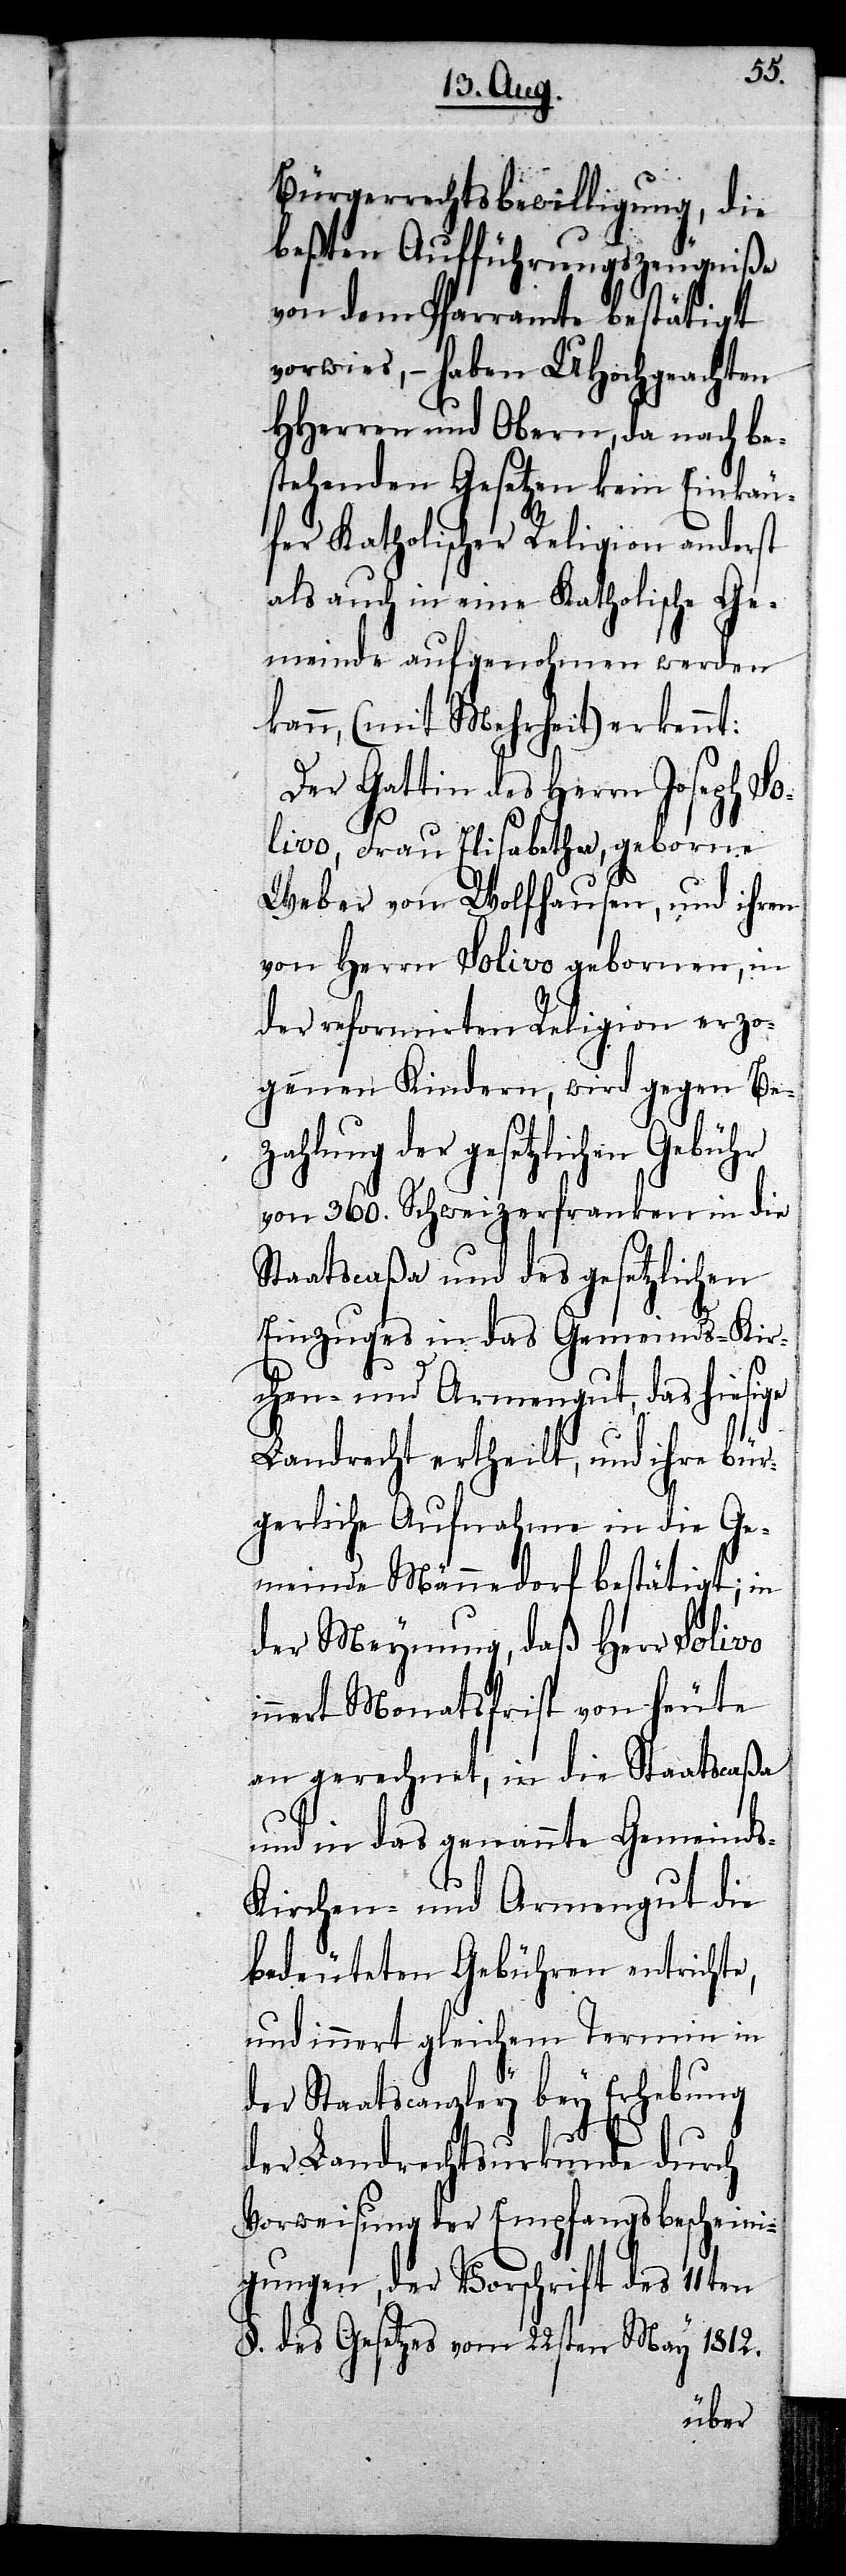
Bürgerrechtsbewilligung, die
beßten Aufführungszeugniße
von dem Pfarramte bestätigt
vorwies, – haben UHochgeachten
HHerren und Obern, da nach be¬
stehenden Gesetzen kein Einkäu¬
fer Katholischer Religion anderst
als auch in eine Katholische Ge¬
meinde aufgenohmen werden
kann, (mit Mehrheit) erkennt:
Der Gattin des Herrn Joseph So¬
livo, Frau Elisabetha, geborne
Weber von Wolfhausen, und ihren
von Herrn Solivo gebornen, in
der reformirten Religion erzo¬
genen Kindern, wird gegen Bez¬
ahlung der gesetzlichen
von 360. Schweizerfranken in die
Staatscaßa und des gesetzlichen
Einzuges in das Gemeinds- Kir¬
chen- und Armengut, das hiesige
i¬
Landrecht ertheilt, und ihre bür¬
gerliche Aufnahme in die Ge¬
meinde Männedorf bestätigt; in
der Meynung, daß Herr Solivo
nnert Monatsfrist von heute
an gerechnet, in die Staatscaßa
und in das genannte Gemeinds-
Kirchen- und Armengut die
bedeuteten Gebühren entrichte,
und innert gleichem Termin in
der Staatscanzley bey Erhebung
der Landrechtsurkunde durch
Vorweisung der Empfangsbescheini¬
gungen, der Vorschrift des 11ten
§. des Gesetzes vom 22sten May 1812